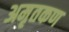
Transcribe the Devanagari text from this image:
अमृतकण